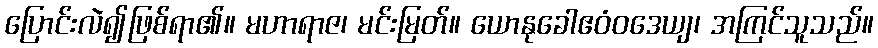
ပြောင်းလဲ၍ဖြစ်ရာ၏။ မဟာရာဇ၊ မင်းမြတ်။ ယောနုခေါဧဝံဝဒေယျ၊ အကြင်သူသည်။